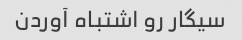
سیگار رو اشتباه آوردن